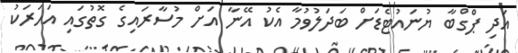
އަދި ޕްގްބާ ޔުނައުޓެޑަށް ބަދަލުވުމާ އެކު އޭނާ އަށް މުސާރައިގެ ގޮތުގައި އަހަރަކު